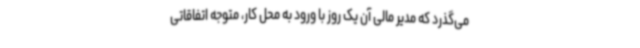
می‌گذرد که مدیر مالی آن یک روز با ورود به محل کار، متوجه اتفاقاتی